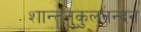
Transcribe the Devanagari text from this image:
शान्तनुकुलनन्दन